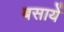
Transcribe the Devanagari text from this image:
बसायें